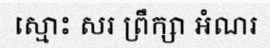
ស្មោះ សរ ព្រឹក្សា អំណរ